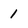
Character: 1